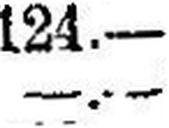
—.—